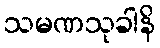
သမဏသုခါနိ